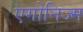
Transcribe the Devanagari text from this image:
एगोनिज्म